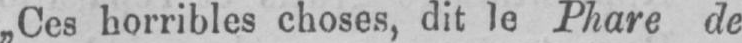
„Ces horribles choses, dit le Phare de